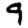
Digit: 9